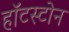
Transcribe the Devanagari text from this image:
हॉटस्टोन